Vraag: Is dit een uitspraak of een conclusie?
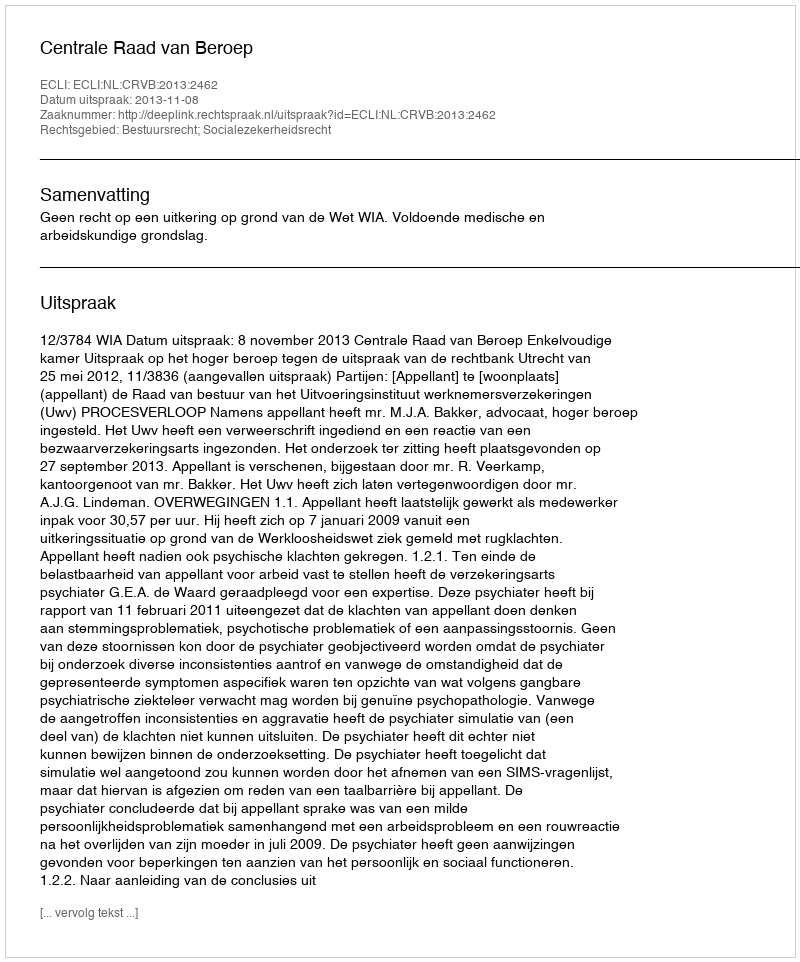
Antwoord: Uitspraak